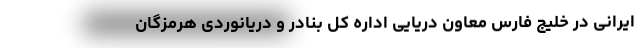
ایرانی در خلیج فارس معاون دریایی اداره کل بنادر و دریانوردی هرمزگان